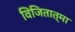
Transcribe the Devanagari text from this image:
विजितात्मा